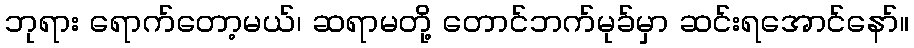
ဘုရား ရောက်တော့မယ်၊ ဆရာမတို့ တောင်ဘက်မုခ်မှာ ဆင်းရအောင်နော်။